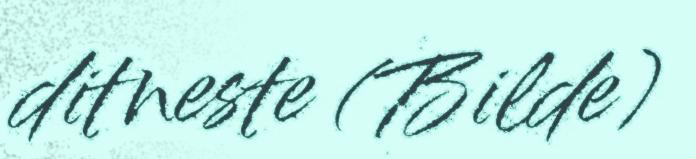
ditneste (Bilde)